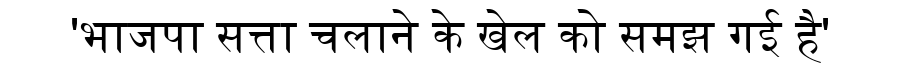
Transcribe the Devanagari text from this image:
'भाजपा सत्ता चलाने के खेल को समझ गई है'